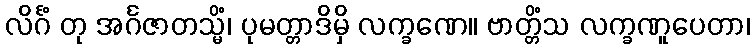
လိင်္ဂံ တု အင်္ဂဇာတသ္မိံ၊ ပုမတ္တာဒိမှိ လက္ခဏေ။ ဗာတ္တိံသ လက္ခဏူပေတာ၊